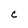
Character: C